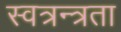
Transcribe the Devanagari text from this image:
स्वत्रन्त्रता